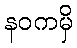
နဝကမှိ